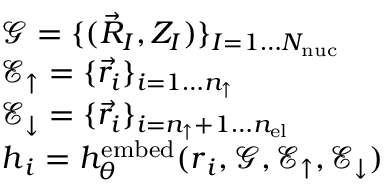
\begin{array} { r l } & { \mathcal { G } = \{ ( \vec { R } _ { I } , Z _ { I } ) \} _ { I = 1 \dots { N _ { \mathrm { n u c } } } } } \\ & { \mathcal { E } _ { \uparrow } = \{ \vec { r } _ { i } \} _ { i = 1 \dots { n _ { \uparrow } } } } \\ & { \mathcal { E } _ { \downarrow } = \{ \vec { r } _ { i } \} _ { i = { n _ { \uparrow } } + 1 \dots { n _ { \mathrm { e l } } } } } \\ & { { \boldsymbol { h } } _ { i } = h _ { \theta } ^ { \mathrm { e m b e d } } ( { \boldsymbol { r } } _ { i } , \mathcal { G } , \mathcal { E } _ { \uparrow } , \mathcal { E } _ { \downarrow } ) } \end{array}